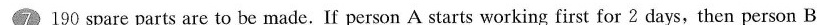
7190 spare parts are to be made. If person A starts working first for 2 days,then person B